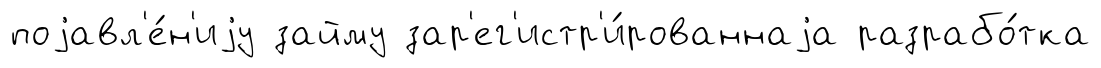
поjавл'е́н'иjу займу зар'ег'истр'и́рованнаjа разрабо́тка